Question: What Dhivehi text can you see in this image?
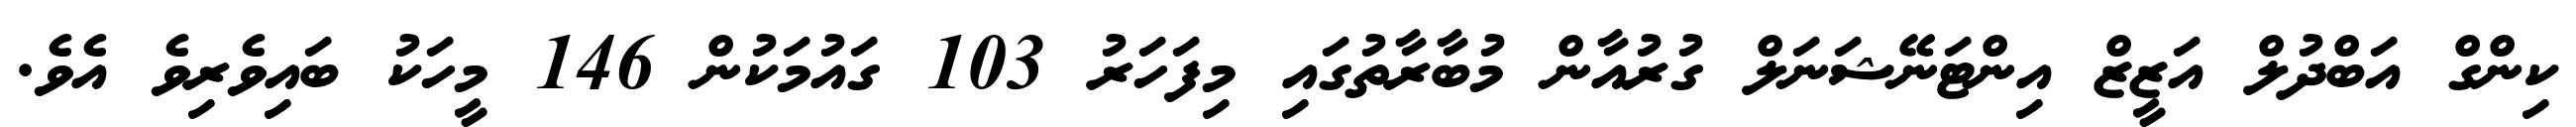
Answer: ކިންގް އަބްދުލް އަޒީޒް އިންޓަނޭޝަނަލް ގުރުއާން މުބާރާތުގައި މިފަހަރު 103 ގައުމަކުން 146 މީހަކު ބައިވެރިވެ އެވެ.